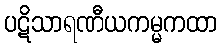
ပဋိသာရဏီယကမ္မကထာ